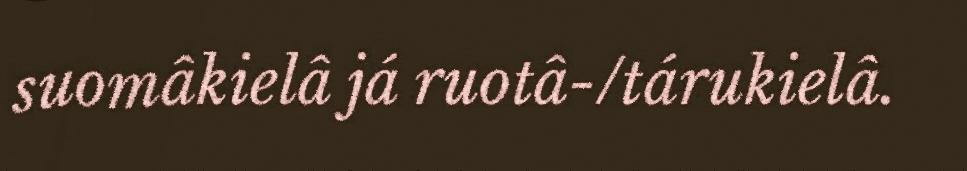
suomâkielâ já ruotâ-/tárukielâ.